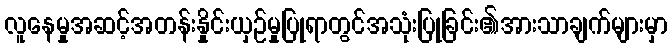
လူနေမှုအဆင့်အတန်းနှိုင်းယှဉ်မှုပြုရာတွင်အသုံးပြုခြင်း၏အားသာချက်များမှာ